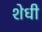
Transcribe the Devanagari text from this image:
शेधी